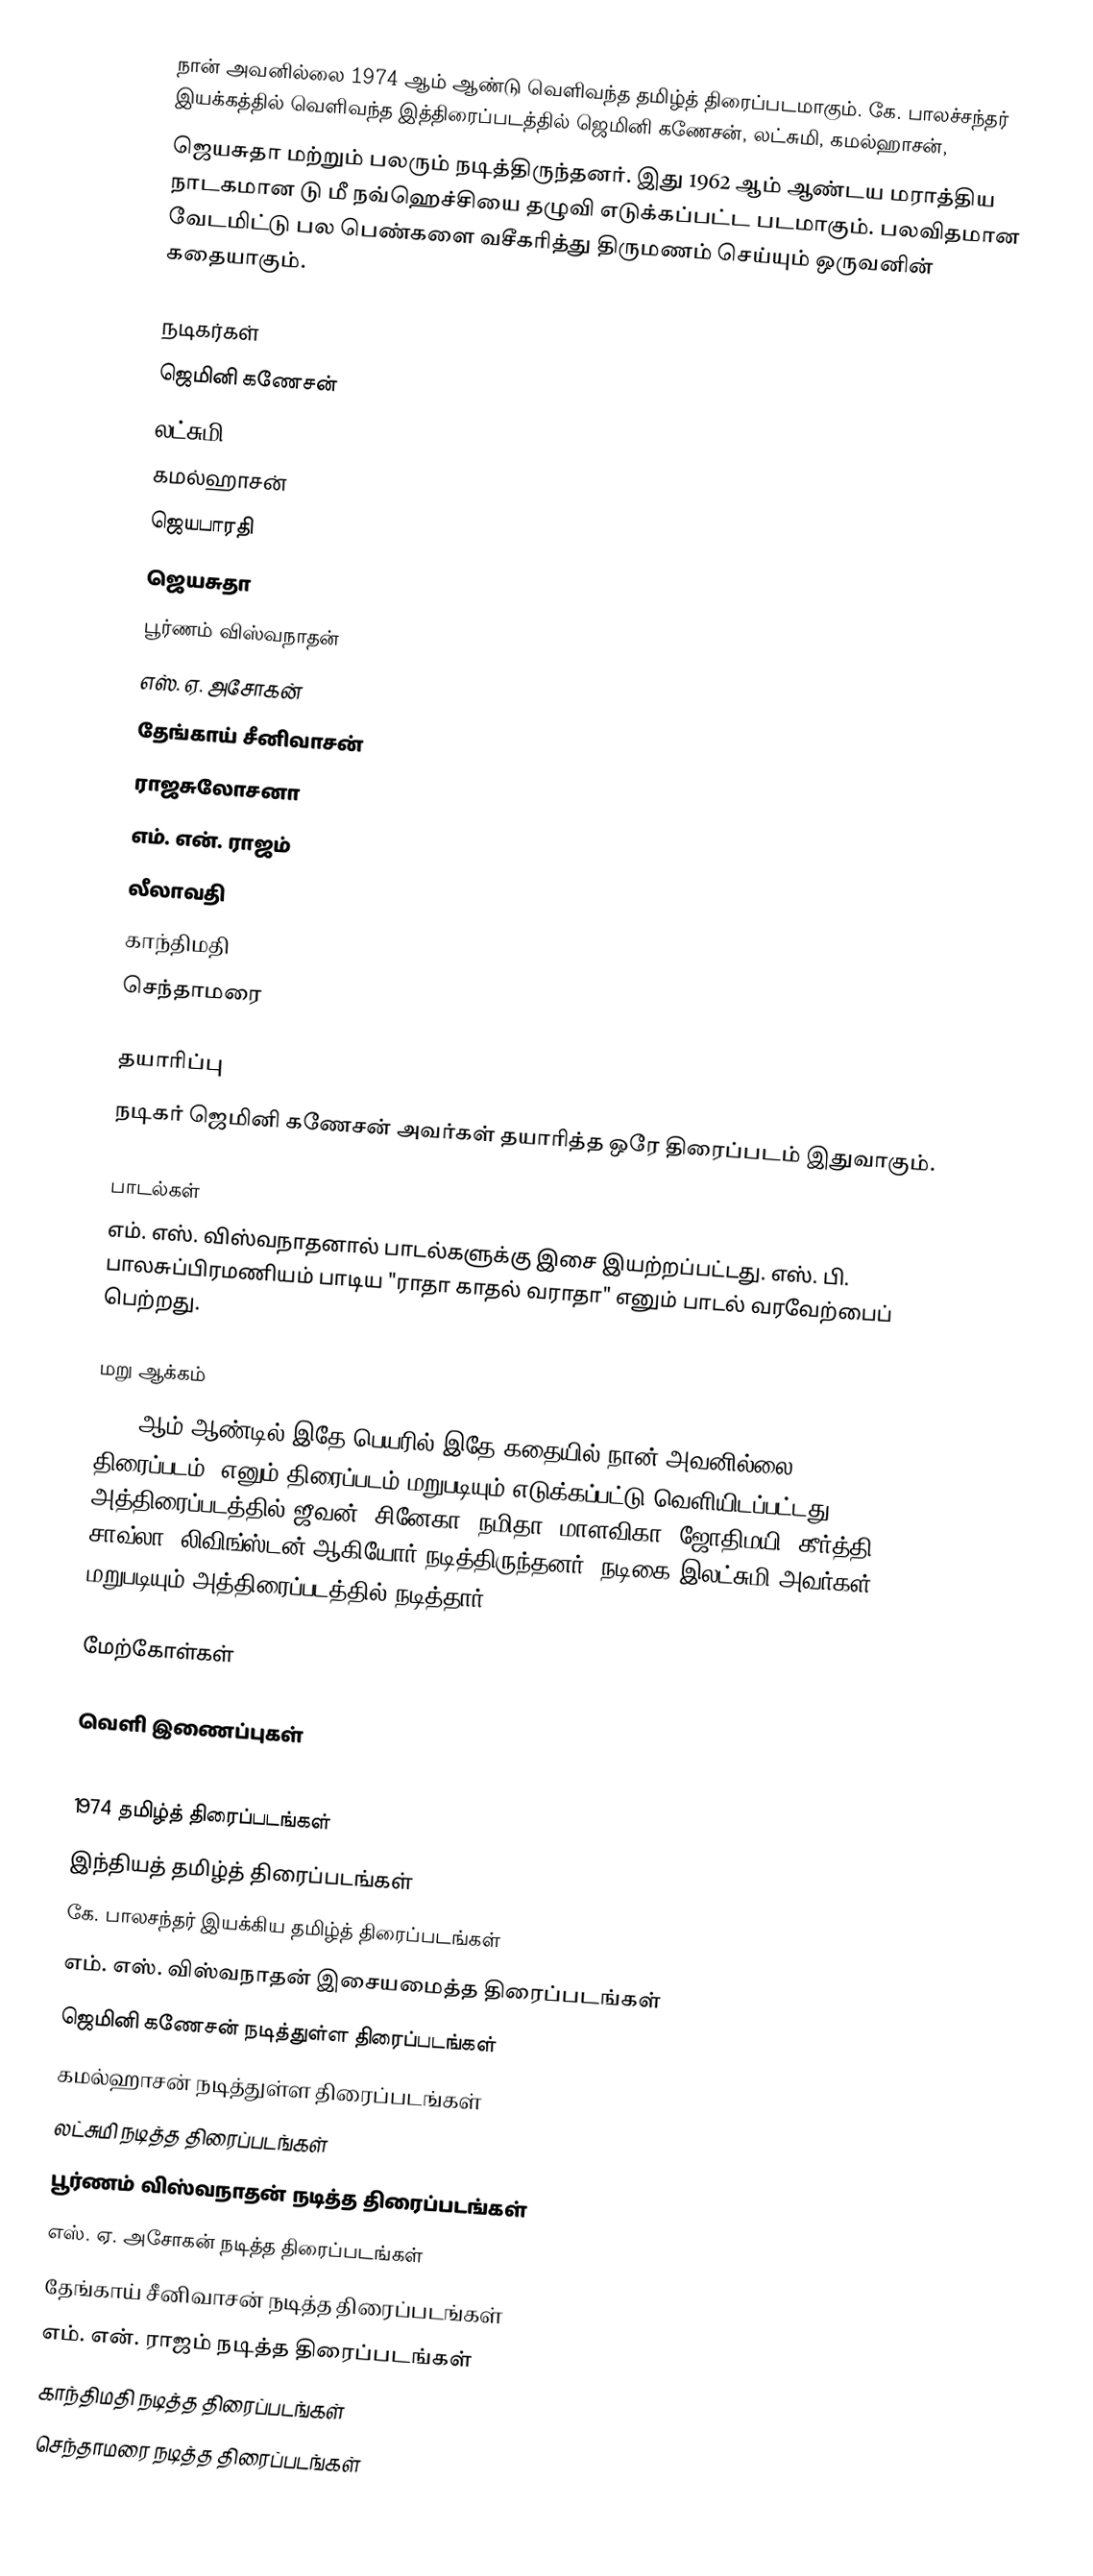
நான் அவனில்லை 1974 ஆம் ஆண்டு வெளிவந்த தமிழ்த் திரைப்படமாகும். கே. பாலச்சந்தர் இயக்கத்தில் வெளிவந்த இத்திரைப்படத்தில் ஜெமினி கணேசன், லட்சுமி, கமல்ஹாசன்,
ஜெயசுதா மற்றும் பலரும் நடித்திருந்தனர். இது 1962 ஆம் ஆண்டய மராத்திய நாடகமான டு மீ நவ்ஹெச்சியை  தழுவி எடுக்கப்பட்ட படமாகும். பலவிதமான வேடமிட்டு பல பெண்களை வசீகரித்து திருமணம் செய்யும் ஒருவனின் கதையாகும்.

நடிகர்கள்
 ஜெமினி கணேசன்
 லட்சுமி
 கமல்ஹாசன்
 ஜெயபாரதி
 ஜெயசுதா
 பூர்ணம் விஸ்வநாதன்
 எஸ். ஏ. அசோகன்
 தேங்காய் சீனிவாசன்
 ராஜசுலோசனா
 எம். என். ராஜம்
 லீலாவதி
 காந்திமதி
 செந்தாமரை

தயாரிப்பு
நடிகர் ஜெமினி கணேசன் அவர்கள் தயாரித்த ஒரே திரைப்படம் இதுவாகும்.

பாடல்கள்
எம். எஸ். விஸ்வநாதனால் பாடல்களுக்கு இசை இயற்றப்பட்டது. எஸ். பி. பாலசுப்பிரமணியம் பாடிய "ராதா காதல் வராதா" எனும் பாடல் வரவேற்பைப் பெற்றது.

மறு ஆக்கம்
2007 ஆம் ஆண்டில் இதே பெயரில் இதே கதையில் நான் அவனில்லை (2007 திரைப்படம்) எனும் திரைப்படம் மறுபடியும் எடுக்கப்பட்டு வெளியிடப்பட்டது, அத்திரைப்படத்தில் ஜீவன், சினேகா, நமிதா, மாளவிகா, ஜோதிமயி, கீர்த்தி சாவ்லா, லிவிங்ஸ்டன் ஆகியோர் நடித்திருந்தனர். நடிகை இலட்சுமி அவர்கள் மறுபடியும் அத்திரைப்படத்தில் நடித்தார்.

மேற்கோள்கள்

வெளி இணைப்புகள்

1974 தமிழ்த் திரைப்படங்கள்
இந்தியத் தமிழ்த் திரைப்படங்கள்
கே. பாலசந்தர் இயக்கிய தமிழ்த் திரைப்படங்கள்
எம். எஸ். விஸ்வநாதன் இசையமைத்த திரைப்படங்கள்
ஜெமினி கணேசன் நடித்துள்ள திரைப்படங்கள்
கமல்ஹாசன் நடித்துள்ள திரைப்படங்கள்
லட்சுமி நடித்த திரைப்படங்கள்
பூர்ணம் விஸ்வநாதன் நடித்த திரைப்படங்கள்
எஸ். ஏ. அசோகன் நடித்த திரைப்படங்கள்
தேங்காய் சீனிவாசன் நடித்த திரைப்படங்கள்
எம். என். ராஜம் நடித்த திரைப்படங்கள்
காந்திமதி நடித்த திரைப்படங்கள்
செந்தாமரை நடித்த திரைப்படங்கள்